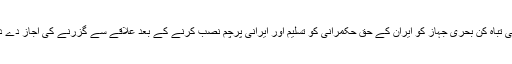
فرانسیسی تباہ کن بحری جہاز کو ایران کے حق حکمرانی کو تسلیم اور ایرانی پرچم نصب کرنے کے بعد علاقے سے گزرنے کی اجاز دے دی گئی۔